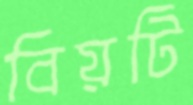
বিয়টি